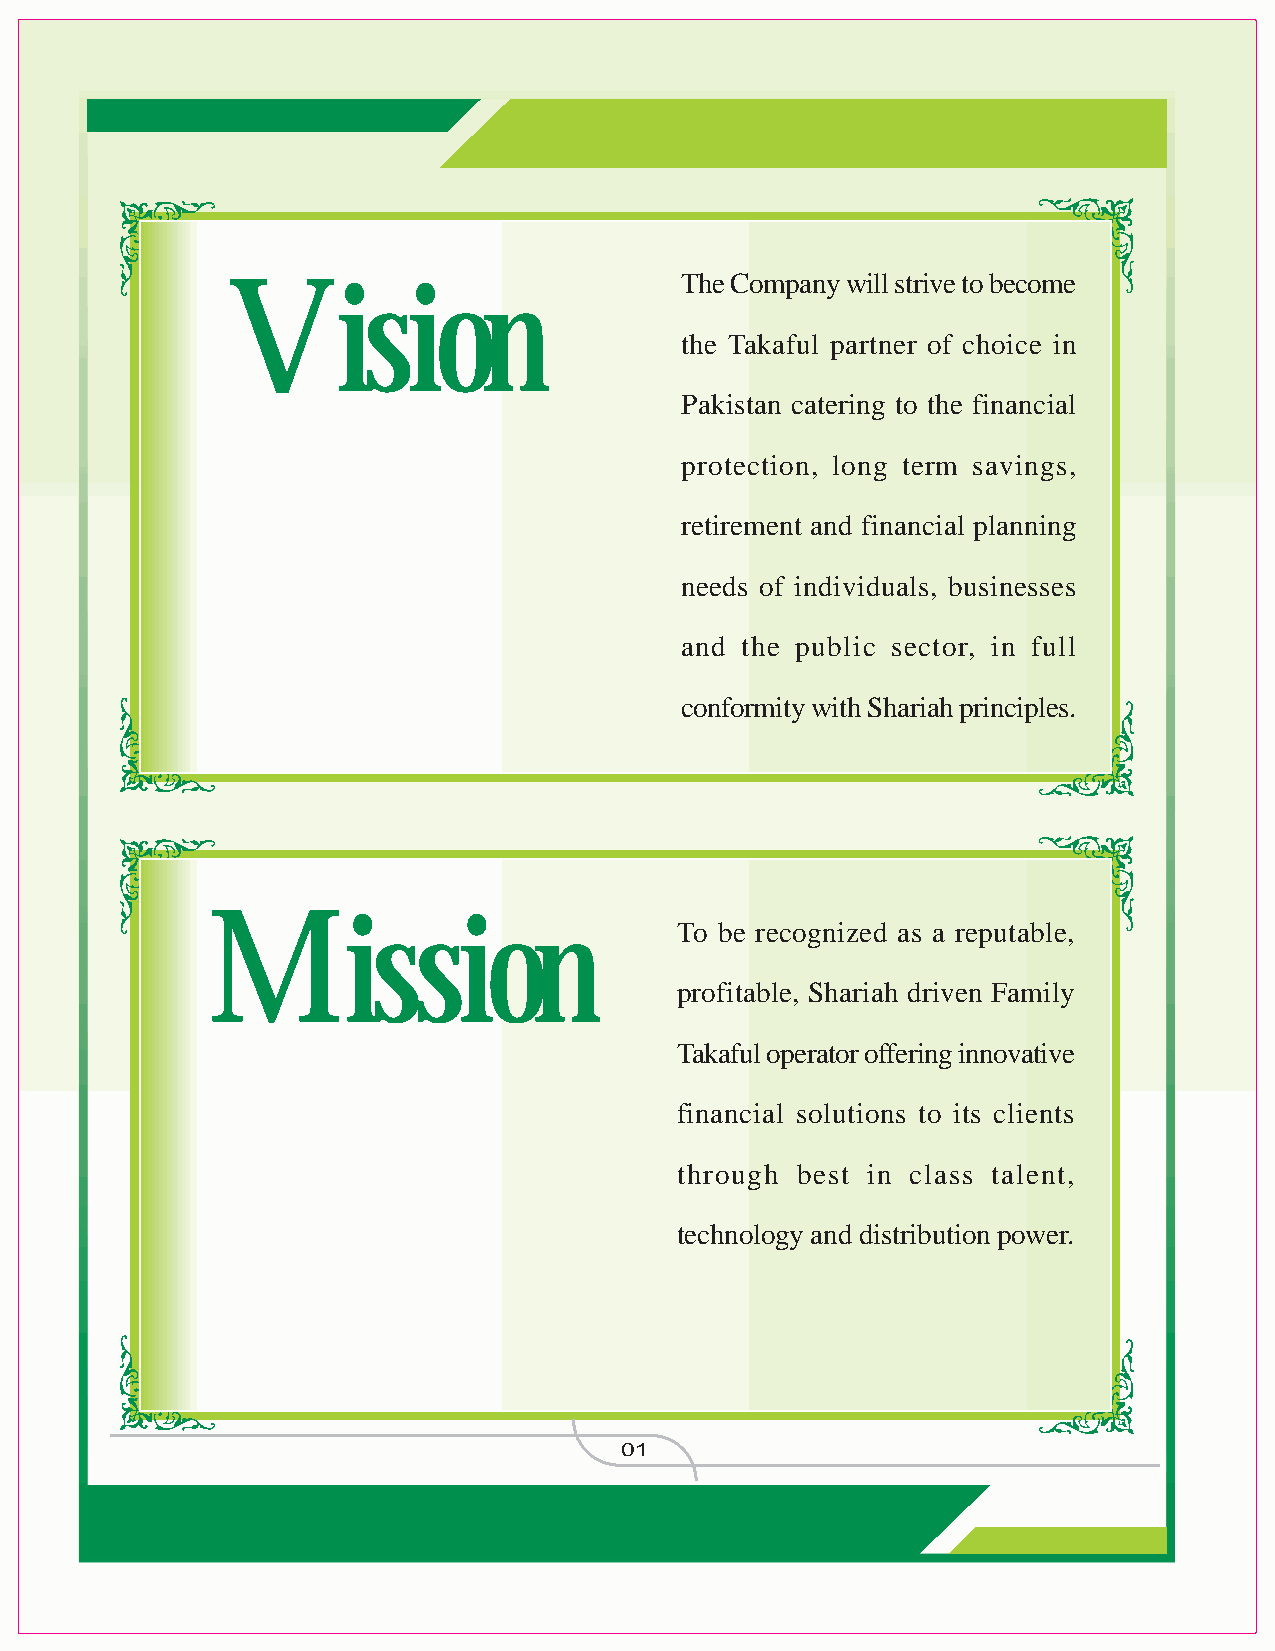
The Company will strive to become
 Vision
 the Takaful partner of choice in
 Pakistan catering to the financialprotection, long term savings,retirement and financial planningneeds of individuals, businesses
 and the public sector, in full
 conformity with Shariah principles.
 Mission
 To be recognized as a reputable,
 profitable, Shariah driven Family
 Takaful operator offering innovative
 financial solutions to its clientsthrough best in class talent,
 technology and distribution power.
 01